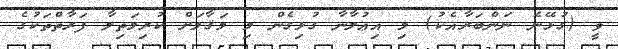
ވީ (ގުޅޭނެ ނަންބަރާއެކު) މި އިޢުލާނާ ގުޅިގެން މި މަޤާމަށް ކުރިމަތިލާ ފަރާތްތަކުގެ